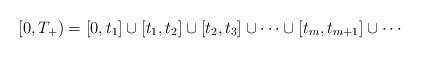
LaTeX: \begin{align*} [0,T_+) = [0,t_1] \cup [t_1, t_2] \cup [t_2, t_3] \cup \cdots \cup [t_m, t_{m+1}] \cup \cdots\end{align*}